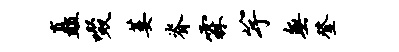
矗啜萎脊霖竽无登